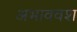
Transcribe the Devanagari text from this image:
अभाववश